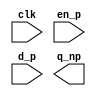
`timescale 1ns/100ps

`define A_SEL_X   2'bxx
`define A_SEL_IN  2'b00
`define A_SEL_B   2'b01
`define A_SEL_SUB 2'b10

`define B_SEL_X   1'bx
`define B_SEL_IN  1'b0
`define B_SEL_A   1'b1


// a register with enable signal
module vcEDFF_pf #(parameter W = 16) 
	( input clk,
	  input en_p,
	  input  [W-1:0] d_p,
	  output reg [W-1:0] q_np );

endmodule


// a register with reset signal
module 	vcRDFF_pf#(parameter W = 2, 
                             RS = 2'b00) 
	( input clk,
	  input reset_p,
	  input [W-1:0] d_p,
	  output reg [W-1:0] q_np);
       
endmodule




module vcMux3 #(parameter W = 16) 
	( input [W-1:0] in0,
	  input [W-1:0] in1,
	  input [W-1:0] in2,
	  input [1:0] sel,
	  output reg [W-1:0] out);
   
   always @(*)
   begin
      case(sel)
          `A_SEL_IN: out = in0;
          `A_SEL_B : out = in1;
          `A_SEL_SUB: out = in2;
          default: out = {(W){1'bx}};
      endcase
   end
endmodule

module vcMux2 #(parameter W=16) 
	( input [W-1:0] in0,
	  input [W-1:0] in1,
	  input sel,
	  output reg [W-1:0] out);

   always @(*)
   begin
    case(sel)
	`B_SEL_IN: out = in0;
        `B_SEL_A : out = in1;
        default: out = {(W){1'bx}};
    endcase
   end

endmodule


module gcdGCDUnitDpath #(parameter W = 16)
( input      clk,

  // Data signals
  input  [W-1:0] operand_A,   
  input  [W-1:0] operand_B,   
  output [W-1:0] result_data,  

  // Control signals (ctrl->dpath)
  input          A_en,              
  input          B_en,             
  input    [1:0] A_sel,         
  input          B_sel,         

  // Control signals (dpath->ctrl)
  output         B_zero,            
  output         A_lt_B             
);


	wire [W-1:0] B;
	wire [W-1:0] sub_out;
	wire [W-1:0] A_out;

	vcMux3#(W) A_mux
	( .in0 (operand_A),
	  .in1 (B),
	  .in2 (sub_out),
	  .sel (A_sel),
	  .out (A_out)   );

	wire [W-1:0] A;

	vcEDFF_pf#(W) A_pf
	( .clk  (clk),
	  .en_p (A_en),
	  .d_p  (A_out),
	  .q_np (A)      );


	wire [W-1:0] B_out;

	vcMux2#(W) B_mux
	( .in0 (operand_B),
	  .in1 (A),
	  .sel (B_sel),
	  .out (B_out)    );

	vcEDFF_pf#(W) B_pf
	( .clk  (clk),
	  .en_p (B_en),
	  .d_p  (B_out),
	  .q_np (B)      );

	assign B_zero  = (B==0);
	assign A_lt_B  = (A < B);
	assign sub_out = A - B;
	assign result_data = A;

endmodule

module gcdGCDUnitCtrl #(parameter W = 16)
  (
  input		clk,
  input		reset,
  input		result_taken,
  // Control signals (dpath->ctrl)
  input		input_available,
  input		B_zero,            
  input		A_lt_B,             

  // Control signals (ctrl->dpath)
  output reg	A_en,             
  output reg	B_en,             
  output reg [1:0]	A_sel,         
  output reg	B_sel,         
  output reg	result_rdy
);


	localparam WAIT = 2'd0;
	localparam CALC = 2'd1;
	localparam DONE = 2'd2;



	reg  [1:0] state_next;
	wire [1:0] state;

	vcRDFF_pf#(2,WAIT) state_pf
	( .clk     (clk),
	  .reset_p (reset),
	  .d_p     (state_next),
	  .q_np    (state)  );

	always @(*)
	begin 
	  //Default control signals                                                                          
	  A_sel    = `A_SEL_X;
	  A_en     = 1'b0;
	  B_sel    = `B_SEL_X;
	  B_en     = 1'b0;
	  //input_available = 1'b0;
	  result_rdy   = 1'b0;
	  case ( state )
		WAIT: begin
			  if(input_available) begin
				A_sel    = `A_SEL_IN;
				A_en     = 1'b1;
				B_sel    = `B_SEL_IN;
				B_en     = 1'b1;
				//input_available = 1'b1;
			  end
		      end
		CALC: begin
			if ( A_lt_B ) begin
				A_sel = `A_SEL_B;
				A_en     = 1'b1;
				B_sel = `B_SEL_A;
				B_en      = 1'b1;
			end
			else if ( !B_zero ) begin
				A_sel = `A_SEL_SUB;
				A_en      = 1'b1;
			end
                      end
		DONE: result_rdy = 1'b1;
	  endcase
	end

	always @(*)
	begin
	  // Default is to stay in the same state
	  state_next = state;

	  case ( state )
	    WAIT :
	      if ( input_available )
		state_next = CALC;         
	    CALC :
	      if ( B_zero )
		state_next = DONE;
	    DONE :
	      if ( result_taken )
		state_next = WAIT;      
	  endcase    
	end
endmodule


module gcd_rtl_top #(parameter W=16)(
  input  [W-1:0] operand_A,   
  input  [W-1:0] operand_B,   
  input		clk,
  input		reset,
  input		result_taken,
  // Control signals (dpath->ctrl)
  input		input_available,
  output [W-1:0] result_data,  
  output        result_rdy
);

  wire A_en, B_en, B_sel, B_zero, A_lt_B;
  wire [1:0] A_sel;

 gcdGCDUnitDpath #(16) gcd_datapath( .clk(clk), 
  // Data signals
  .operand_A(operand_A),   
  .operand_B(operand_B),   
  .result_data(result_data),  

  // Control signals (ctrl->dpath)
  .A_en(A_en),              
  .B_en(B_en),             
  .A_sel(A_sel),         
  .B_sel(B_sel),         

  // Control signals (dpath->ctrl)
  .B_zero(B_zero),            
  .A_lt_B(A_lt_B)             
);

gcdGCDUnitCtrl #(16) gcd_ctrl(
  .clk(clk),
  .reset(reset),
  .result_taken(result_taken),
  // Control signals (dpath->ctrl)
  .input_available(input_available),
  .B_zero(B_zero),            
  .A_lt_B(A_lt_B),             

  // Control signals (ctrl->dpath)
  .A_en(A_en),             
  .B_en(B_en),             
  .A_sel(A_sel),         
  .B_sel(B_sel),         
  .result_rdy(result_rdy)
);



          
endmodule


module gcd_rtl_2009_test;

parameter W = 16;
reg input_available = 0;
reg [W-1:0] A_in;
reg [W-1:0] B_in;
reg result_taken = 0;
reg clk = 0;
reg reset = 1;

wire [W-1:0] result_data;
wire result_rdy;

gcd_rtl_top #(16) gcd_rtl(
  .operand_A(A_in),   
  .operand_B(B_in),   
  .clk(clk),
  .reset(reset),
  .result_taken(result_taken),
  // Control signals (dpath->ctrl)
  .input_available(input_available),
  .result_data(result_data),  
  .result_rdy(result_rdy)
);


always #10 clk =~clk;


  initial begin
    $vcdpluson(0);
    $dumpall;
    $dumpfile("gcd.vcd");
    A_in = 27; B_in = 15;   // set defaults
    $value$plusargs("a-in=%d", A_in);
    $value$plusargs("b-in=%d", B_in);

    #5 reset = 1;   
    #5 input_available = 1;
    #20 reset = 0;  // strobe reset signal

  end

  always @ (result_rdy) begin
    if(result_rdy) begin
      #5;
      $display("a-in    = %d", A_in);
      $display("b-in    = %d", B_in);
      $display("gcd-out = %d", result_data);
      $finish; 
    end
  end

endmodule